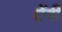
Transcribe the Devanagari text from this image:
तेंबी